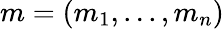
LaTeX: m=(m_{1},...,m_{n})